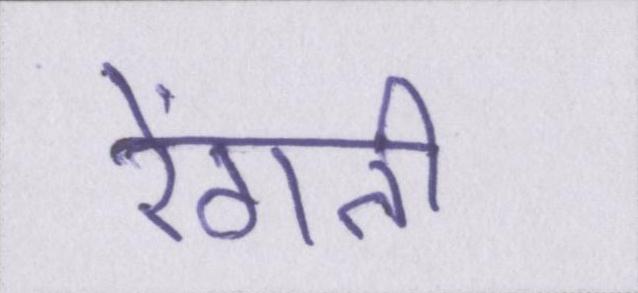
रेंगती